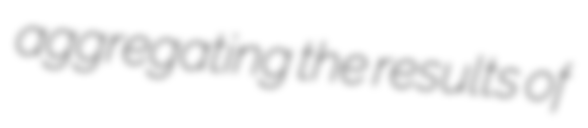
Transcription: aggregating the results of